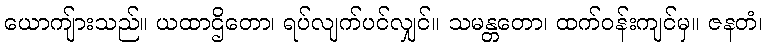
ယောကျ်ားသည်။ ယထာဌိတော၊ ရပ်လျက်ပင်လျှင်။ သမန္တတော၊ ထက်ဝန်းကျင်မှ။ ဇနတံ၊